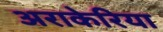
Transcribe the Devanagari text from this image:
अराकेरिया